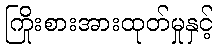
ကြိုးစားအားထုတ်မှုနှင့်